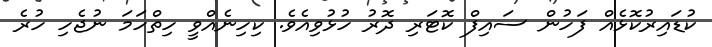
ކުޑައިރުކޮޅެއް ފަހުން ސައިފް ކޮޓަރި ދޮރު ހުޅުވިއެވެ. ކިހިނެއްވީ ހިތްހަމަ ނުޖެހި ހުރެ